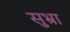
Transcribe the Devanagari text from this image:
सुभ्रा